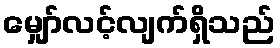
မျှော်လင့်လျက်ရှိသည်